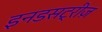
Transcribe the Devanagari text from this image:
इनडसट्रीज़